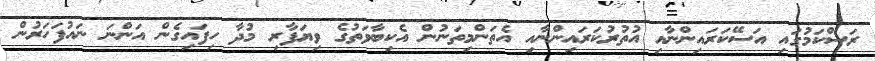
ރަސްކަމުގައި އަސޭކަރައިންނާއި އުތުރުކަރައިންނާއި އެތަންމިތަނުން އެކިބާވަތުގެ ވިޔަފާރި މުދާ ހިފައިގެން އަންނަ ނައުފަހަރުން